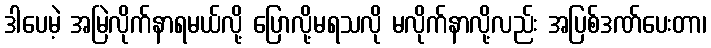
ဒါပေမဲ့ အမြဲလိုက်နာရမယ်လို့ ပြောလို့မရသလို မလိုက်နာလို့လည်း အပြစ်ဒဏ်ပေးတာ၊